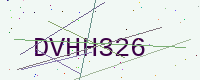
Text: DVHH326